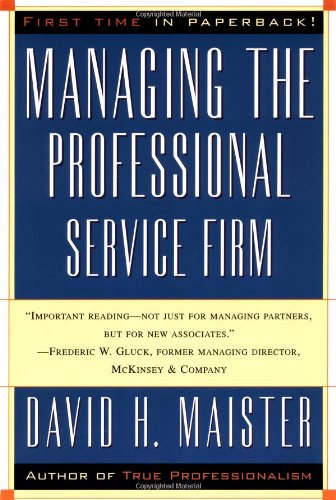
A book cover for Managing The Professional Service Firm; David H. Maister; Business & Money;